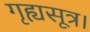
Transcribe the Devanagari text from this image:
गृह्यसूत्र।